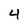
Character: 4